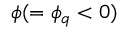
\phi ( = \phi _ { q } < 0 )